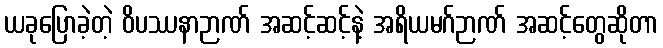
ယခုပြောခဲ့တဲ့ ဝိပဿနာဉာဏ် အဆင့်ဆင့်နဲ့ အရိယမဂ်ဉာဏ် အဆင့်တွေဆိုတာ